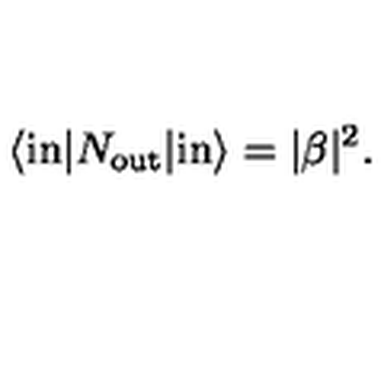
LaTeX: \langle \mathrm { i n } | N _ { \mathrm { o u t } } | \mathrm { i n } \rangle = | \beta | ^ { 2 } .